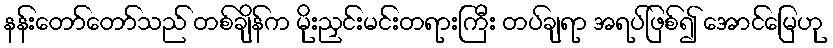
နန်းတော်တော်သည် တစ်ချိန်က မိုးညှင်းမင်းတရားကြီး တပ်ချရာ အရပ်ဖြစ်၍ အောင်မြေဟု